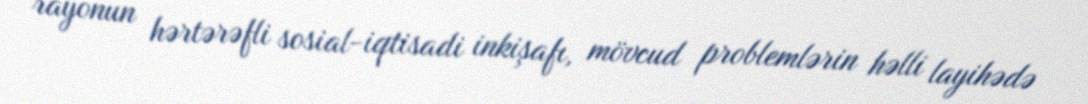
rayonun hərtərəfli sosial-iqtisadi inkişafı, mövcud problemlərin həlli layihədə